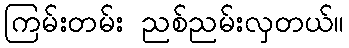
ကြမ်းတမ်း ညစ်ညမ်းလှတယ်။